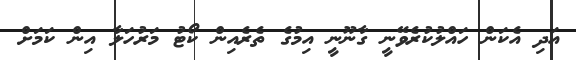
އަދި އެކަން ހައްލުކުރެވޭނީ ގާނޫނީ އިމުގެ ތެރެއިން ކޯޓު މަރުހަލާ އިން ކަމަށް